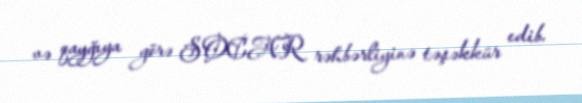
və qayğıya görə SOCAR rəhbərliyinə təşəkkür edib.